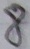
Text: 8